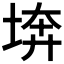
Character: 𡍋